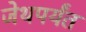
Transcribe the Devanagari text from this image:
जेथपर्यंत